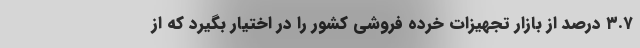
۳.۷ درصد از بازار تجهیزات خرده فروشی کشور را در اختیار بگیرد که از